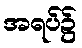
အရပ်၌